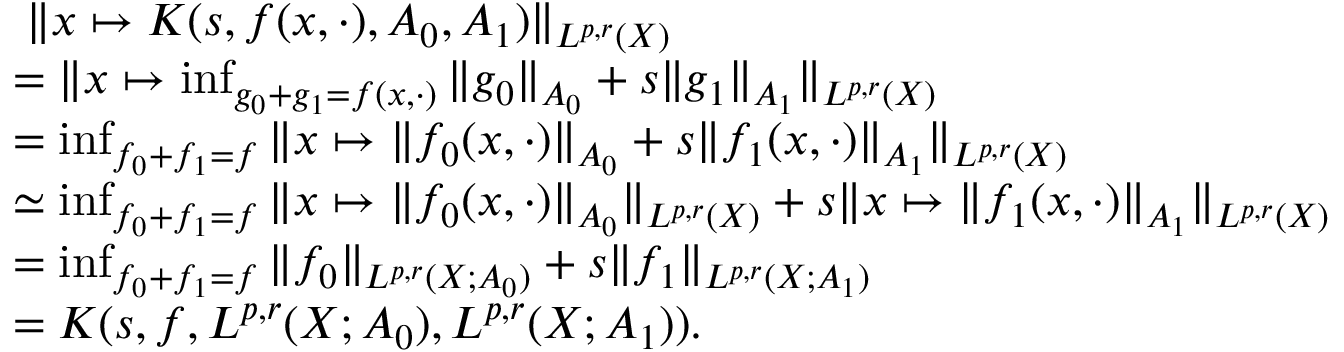
\begin{array} { r } { \begin{array} { r l } & { \; \| x \mapsto K ( s , f ( x , \cdot ) , A _ { 0 } , A _ { 1 } ) \| _ { L ^ { p , r } ( X ) } } \\ & { = \| x \mapsto \operatorname* { i n f } _ { g _ { 0 } + g _ { 1 } = f ( x , \cdot ) } \| g _ { 0 } \| _ { A _ { 0 } } + s \| g _ { 1 } \| _ { A _ { 1 } } \| _ { L ^ { p , r } ( X ) } } \\ & { = \operatorname* { i n f } _ { f _ { 0 } + f _ { 1 } = f } \| x \mapsto \| f _ { 0 } ( x , \cdot ) \| _ { A _ { 0 } } + s \| f _ { 1 } ( x , \cdot ) \| _ { A _ { 1 } } \| _ { L ^ { p , r } ( X ) } } \\ & { \simeq \operatorname* { i n f } _ { f _ { 0 } + f _ { 1 } = f } \| x \mapsto \| f _ { 0 } ( x , \cdot ) \| _ { A _ { 0 } } \| _ { L ^ { p , r } ( X ) } + s \| x \mapsto \| f _ { 1 } ( x , \cdot ) \| _ { A _ { 1 } } \| _ { L ^ { p , r } ( X ) } } \\ & { = \operatorname* { i n f } _ { f _ { 0 } + f _ { 1 } = f } \| f _ { 0 } \| _ { L ^ { p , r } ( X ; A _ { 0 } ) } + s \| f _ { 1 } \| _ { L ^ { p , r } ( X ; A _ { 1 } ) } } \\ & { = K ( s , f , L ^ { p , r } ( X ; A _ { 0 } ) , L ^ { p , r } ( X ; A _ { 1 } ) ) . } \end{array} } \end{array}